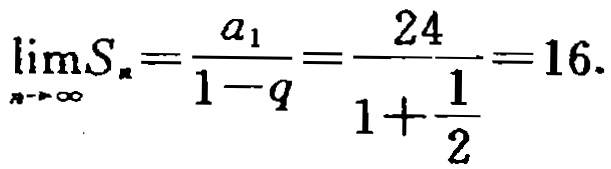
\(\lim_{n \to \infty}S_{n}=\frac{a_{1}}{1 - q}=\frac{24}{1+\frac{1}{2}} = 16\)